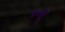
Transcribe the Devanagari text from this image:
४०स्